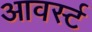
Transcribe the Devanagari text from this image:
आवर्स्ट